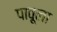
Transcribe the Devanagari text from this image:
पावूला